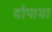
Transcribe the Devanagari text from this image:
दोपाया